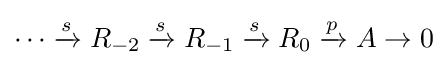
\cdots \xrightarrow {s} R_{-2}\xrightarrow {s} R_{-1}\xrightarrow {s} R_{0}\xrightarrow {p} A\to 0